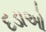
દડાઓ